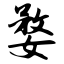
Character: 婺